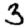
Digit: 3